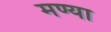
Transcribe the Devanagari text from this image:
मण्या